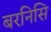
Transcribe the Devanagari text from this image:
बरनिसि